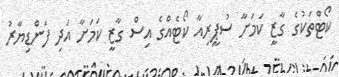
ކޯޓްތަކުގެ ގާޒީ ކަމަށާ ސުޕީރިއާ ކޯޓެއްގެ އިސް ގާޒީ ކަމަށާ އަދި ފަންޑިޔާރު